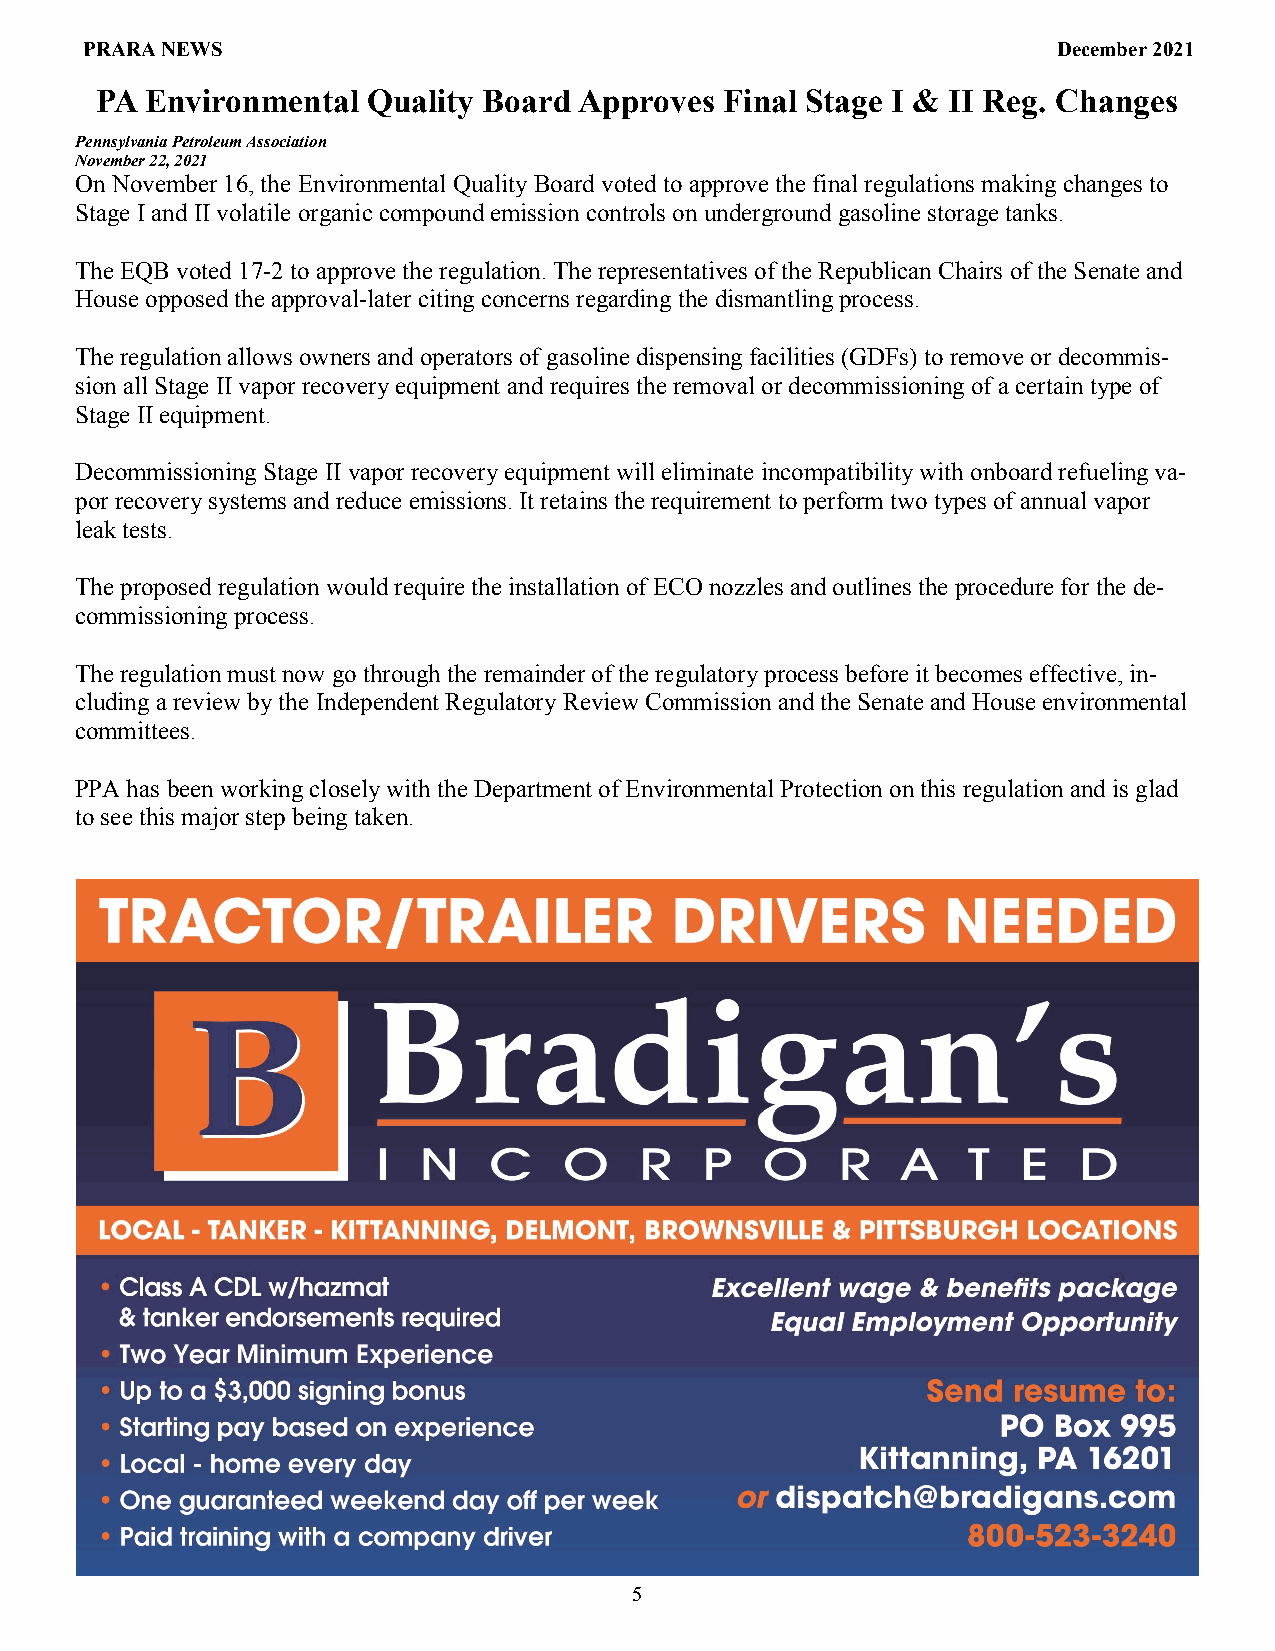
PRARA NEWS                                                       December 2021
 PA  Environmental Quality Board Approves  Final Stage I & II Reg. Changes
 Pennsylvania Petroleum Association
 November 22, 2021
 On November 16, the Environmental Quality Board voted to approve the final regulations making changes to
 Stage I and II volatile organic compound emission controls on underground gasoline storage tanks.
 The EQB voted 17-2 to approve the regulation. The representatives of the Republican Chairs of the Senate and
 House opposed the approval-later citing concerns regarding the dismantling process.
 The regulation allows owners and operators of gasoline dispensing facilities (GDFs) to remove or decommis-
 sion all Stage II vapor recovery equipment and requires the removal or decommissioning of a certain type of
 Stage II equipment.
 Decommissioning Stage II vapor recovery equipment will eliminate incompatibility with onboard refueling va-
 por recovery systems and reduce emissions. It retains the requirement to perform two types of annual vapor
 leak tests.
 The proposed regulation would require the installation of ECO nozzles and outlines the procedure for the de-
 commissioning process.
 The regulation must now go through the remainder of the regulatory process before it becomes effective, in-
 cluding a review by the Independent Regulatory Review Commission and the Senate and House environmental
 committees.
 PPA has been working closely with the Department of Environmental Protection on this regulation and is glad
 to see this major step being taken.
 5